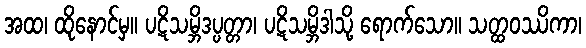
အထ၊ ထိုနောင်မှ။ ပဋိသမ္ဘိဒပ္ပတ္တာ၊ ပဋိသမ္ဘိဒါသို့ ရောက်သော။ သတ္ထဝဿိကာ၊